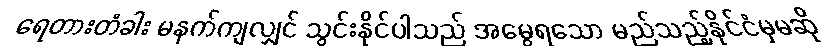
ရေတားတံခါး မနက်ကျလျှင် သွင်းနိုင်ပါသည် အမွေရသော မည်သည့်နိုင်ငံမှမဆို